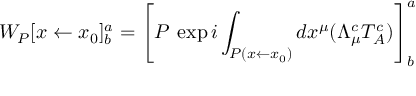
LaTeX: W _ { P } [ x \leftarrow x _ { 0 } ] _ { b } ^ { a } = \left[ P \: \exp i \int _ { P ( x \leftarrow x _ { 0 } ) } d x ^ { \mu } ( \Lambda _ { \mu } ^ { c } T _ { A } ^ { c } ) \right] _ { b } ^ { a }